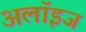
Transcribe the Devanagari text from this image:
अलॉइज